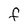
Character: F